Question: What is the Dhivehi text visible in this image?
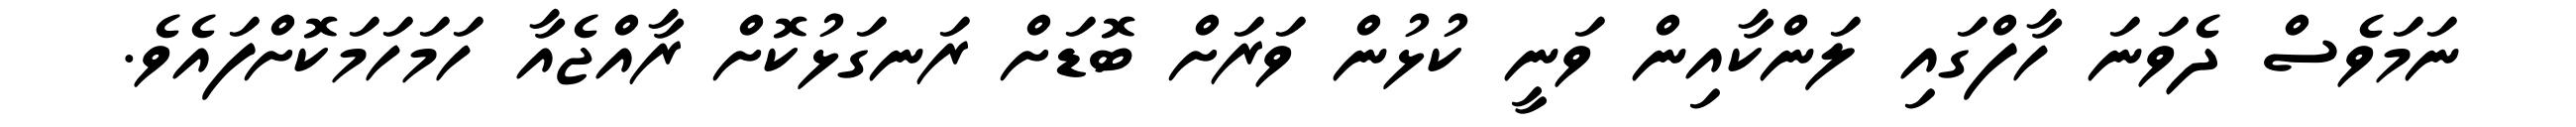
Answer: ނަމަވެސް ދެވަނަ ހާފްގައި ލަންކާއިން ވަނީ ކުޅުން ވަރަށް ބޮޑަށް ރަނގަޅުކޮށް ރާއްޖެއާ ހަމަހަމަކޮށްފައެވެ.